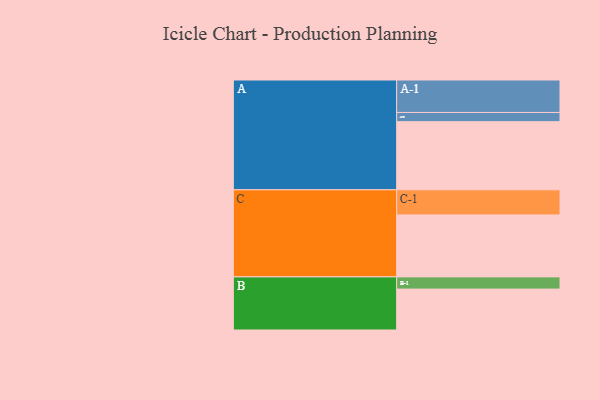
{"axis": {"x": "Segment", "y": "Value"}, "legend": ["", "A", "B", "C"], "data": [{"x": "A", "y": 548, "type": ""}, {"x": "B", "y": 329, "type": ""}, {"x": "C", "y": 498, "type": ""}, {"x": "A-1", "y": 261, "type": "A"}, {"x": "A-2", "y": 74, "type": "A"}, {"x": "B-1", "y": 98, "type": "B"}, {"x": "C-1", "y": 202, "type": "C"}]}